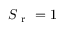
S _ { \mathrm { ~ r ~ } } = 1